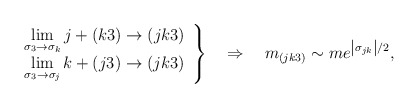
\begin{align*}\left. \begin{array}{c}\lim\limits_{\sigma _{3}\rightarrow \sigma _{k}}j+(k3)\rightarrow (jk3) \\ \lim\limits_{\sigma _{3}\rightarrow \sigma _{j}}k+(j3)\rightarrow (jk3)\end{array}\right\} \quad \Rightarrow \quad m_{(jk3)}\sim me^{\left| \sigma_{jk}\right| /2}, \end{align*}